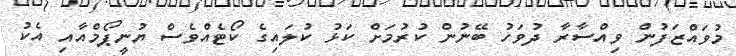
މުވައްޒަފުން ވިއްސާރާ ދުވަހު ބޭނުން ކުރުމަށް ކަޅު ކުލައިގެ ކޯޓެއްވެސް ޔުނީޕޯމްއާއި އެކު